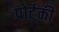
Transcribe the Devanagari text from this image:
पोर्टकी